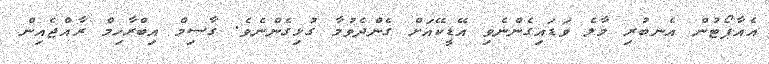
އެއާޕޯޓުން އެނބުރި މާލެ ވަޑައިގެންނެވި އޭޑީކޭއަށް ގެންދެވުމާ ގުޅިގެންނެވެ. ގާސިމް އިބްރާހިމް ރާއްްޖެއިން